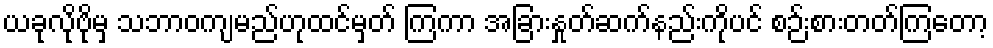
ယခုလိုဗိုမှ သဘာဝကျမည်ဟုထင်မှတ် ကြကာ အခြားနှုတ်ဆက်နည်းကိုပင် စဉ်းစားတတ်ကြတော့